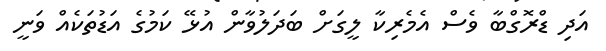
އަދި ޑްރޮގްބާ ވެސް އެމެރިކާ ލީގަށް ބަދަލުވާން އުޅޭ ކަމުގެ އަޑުތަކެއް ވަނީ